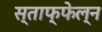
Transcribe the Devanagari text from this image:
स्ताफ्फेल्न